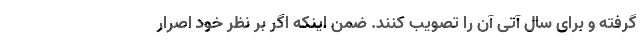
گرفته و برای سال آتی آن را تصویب کنند. ضمن اینکه اگر بر نظر خود اصرار